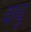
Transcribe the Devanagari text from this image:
वाचु